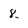
Character: 8